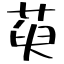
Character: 萸